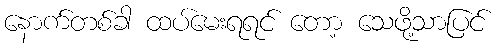
နောက်တစ်ခါ ထပ်မေးရရင် တော့ သေဖို့သာပြင်